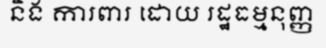
និង ការពារ ដោយ រដ្ឋធម្មនុញ្ញ